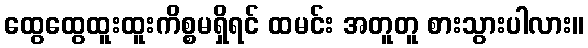
ထွေထွေထူးထူးကိစ္စမရှိရင် ထမင်း အတူတူ စားသွားပါလား။